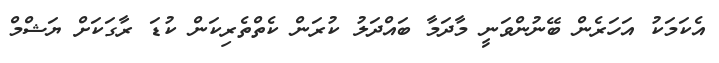
އެކަމަކު އަހަރެން ބޭނުންވަނީ މާދަމާ ބައްދަލު ކުރަން ކެތްތެރިކަން ކުޑަ ރާގަކަށް ޔަޝްމް